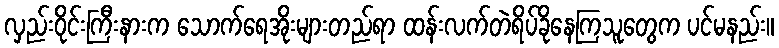
လှည်းဝိုင်းကြီးနားက သောက်ရေအိုးများတည်ရာ ထန်းလက်တဲရိပ်ခိုနေကြသူတွေက ပင်မနည်း။